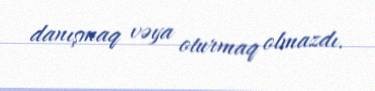
danışmaq vəya oturmaq olmazdı.